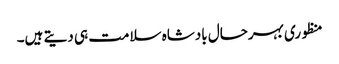
منظوری بہرحال بادشاہ سلامت ہی دیتے ہیں۔